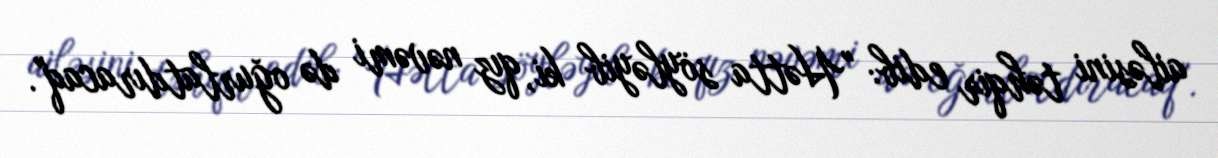
ailəsini təhqir edib: "Hətta söyləyib ki, qız nəvəmi də oğurlatdıracaq".